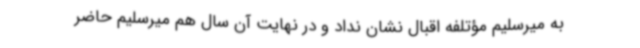
به میرسلیم مؤتلفه اقبال نشان نداد و در نهایت آن سال هم میرسلیم حاضر